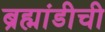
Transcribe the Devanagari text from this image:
ब्रह्मांडीची